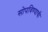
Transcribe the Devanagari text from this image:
सोपविण्याची